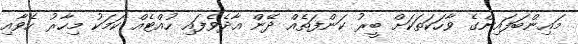
މައިންބަފައިންގެ ވާހަކަތަކަށް ބީރު ކަންފަތެއް ދޭން އާދެވެފައި ހުއްޓެއް ކަމަކު މިހާރު ހެވާއި